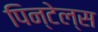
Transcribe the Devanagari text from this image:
पिन्टेल्स